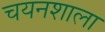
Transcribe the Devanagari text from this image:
चयनशाला